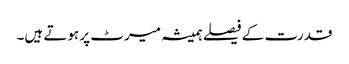
قدرت کے فیصلے ہمیشہ میرٹ پر ہوتے ہیں۔